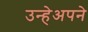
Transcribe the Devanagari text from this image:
उन्हेअपने